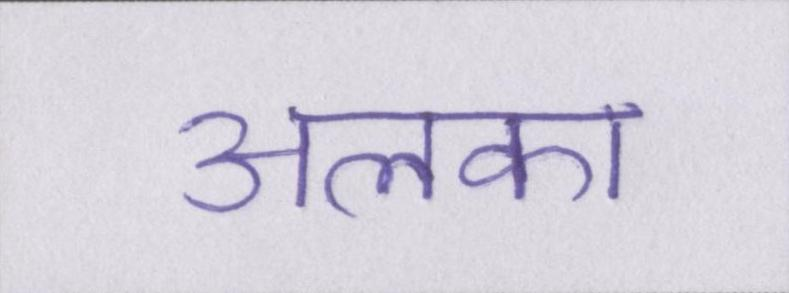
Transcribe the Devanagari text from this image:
अलका